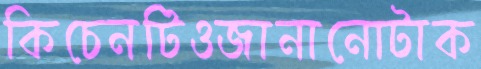
কিচেনটিওজানানোটাক